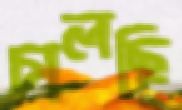
চালছি